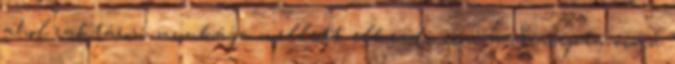
ahol raktárosi munkája mellett elkezdi írni a Szarepta című